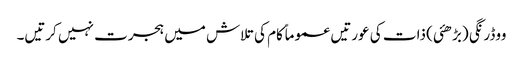
ووڈرنگی (بڑھئی) ذات کی عورتیں عموماً کام کی تلاش میں ہجرت نہیں کرتیں۔